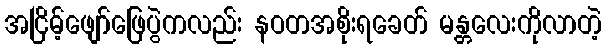
အငြိမ့်ဖျော်ဖြေပွဲကလည်း နဝတအစိုးရခေတ် မန္တလေးကိုလာတဲ့